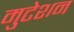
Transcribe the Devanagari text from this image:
मुटेशन